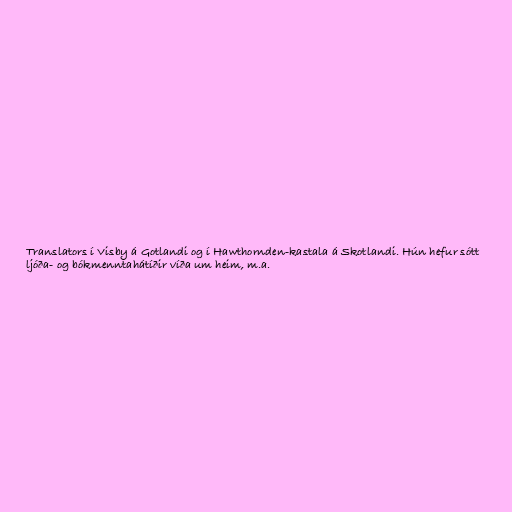
Translators í Visby á Gotlandi og í Hawthornden-kastala á Skotlandi. Hún hefur sótt
ljóða- og bókmenntahátíðir víða um heim, m.a.